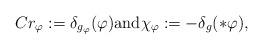
LaTeX: \begin{align*}Cr_\varphi := \delta_{g_\varphi}(\varphi) \mbox{and} \chi_\varphi := -\delta_g(\ast \varphi),\end{align*}